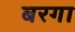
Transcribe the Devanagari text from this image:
बरगा